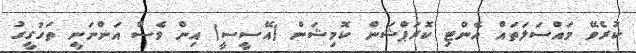
ކުރެވޭ މައްސަލަތައް އެންޓި ކޮރަޕްޝަން ކޮމިޝަން (އޭސީސީ) އިން ވެސް އަންނަނީ ތަހުގީގު